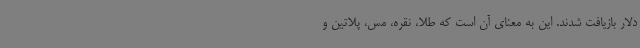
دلار بازیافت شدند. این به معنای آن است که طلا، نقره، مس، پلاتین و